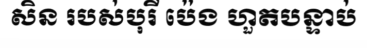
សិន របស់បុរី ប៉េង ហួតបន្ទាប់